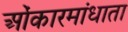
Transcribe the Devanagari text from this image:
ओंकारमांधाता